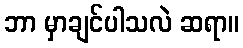
ဘာ မှာချင်ပါသလဲ ဆရာ။